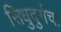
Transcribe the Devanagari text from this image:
सिंधुदुर्गचा